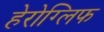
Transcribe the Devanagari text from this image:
हेरोग्लिफ